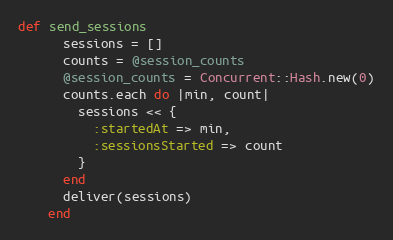
Language: Ruby
def send_sessions
      sessions = []
      counts = @session_counts
      @session_counts = Concurrent::Hash.new(0)
      counts.each do |min, count|
        sessions << {
          :startedAt => min,
          :sessionsStarted => count
        }
      end
      deliver(sessions)
    end